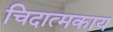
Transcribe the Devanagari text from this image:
चिदात्मकाय